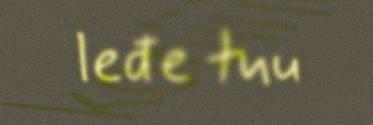
leđe tuu